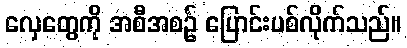
လှေတွေကို အစီအစဉ် ပြောင်းပစ်လိုက်သည်။